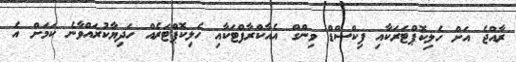
ރާއްޖެ އަށް ހެލިކޮޕްޓަރަކާއި ފިކްސްޑް ވިންގް އެއާކްރާފްޓަކާއި ހެލިކޮޕްޓަރެއް ހަދިޔާކުރައްވާނެ ކަމަށް އެ